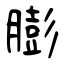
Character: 膨